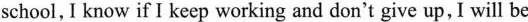
school,I know if I keep working and don't give up, I will be